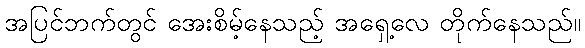
အပြင်ဘက်တွင် အေးစိမ့်နေသည့် အရှေ့လေ တိုက်နေသည်။